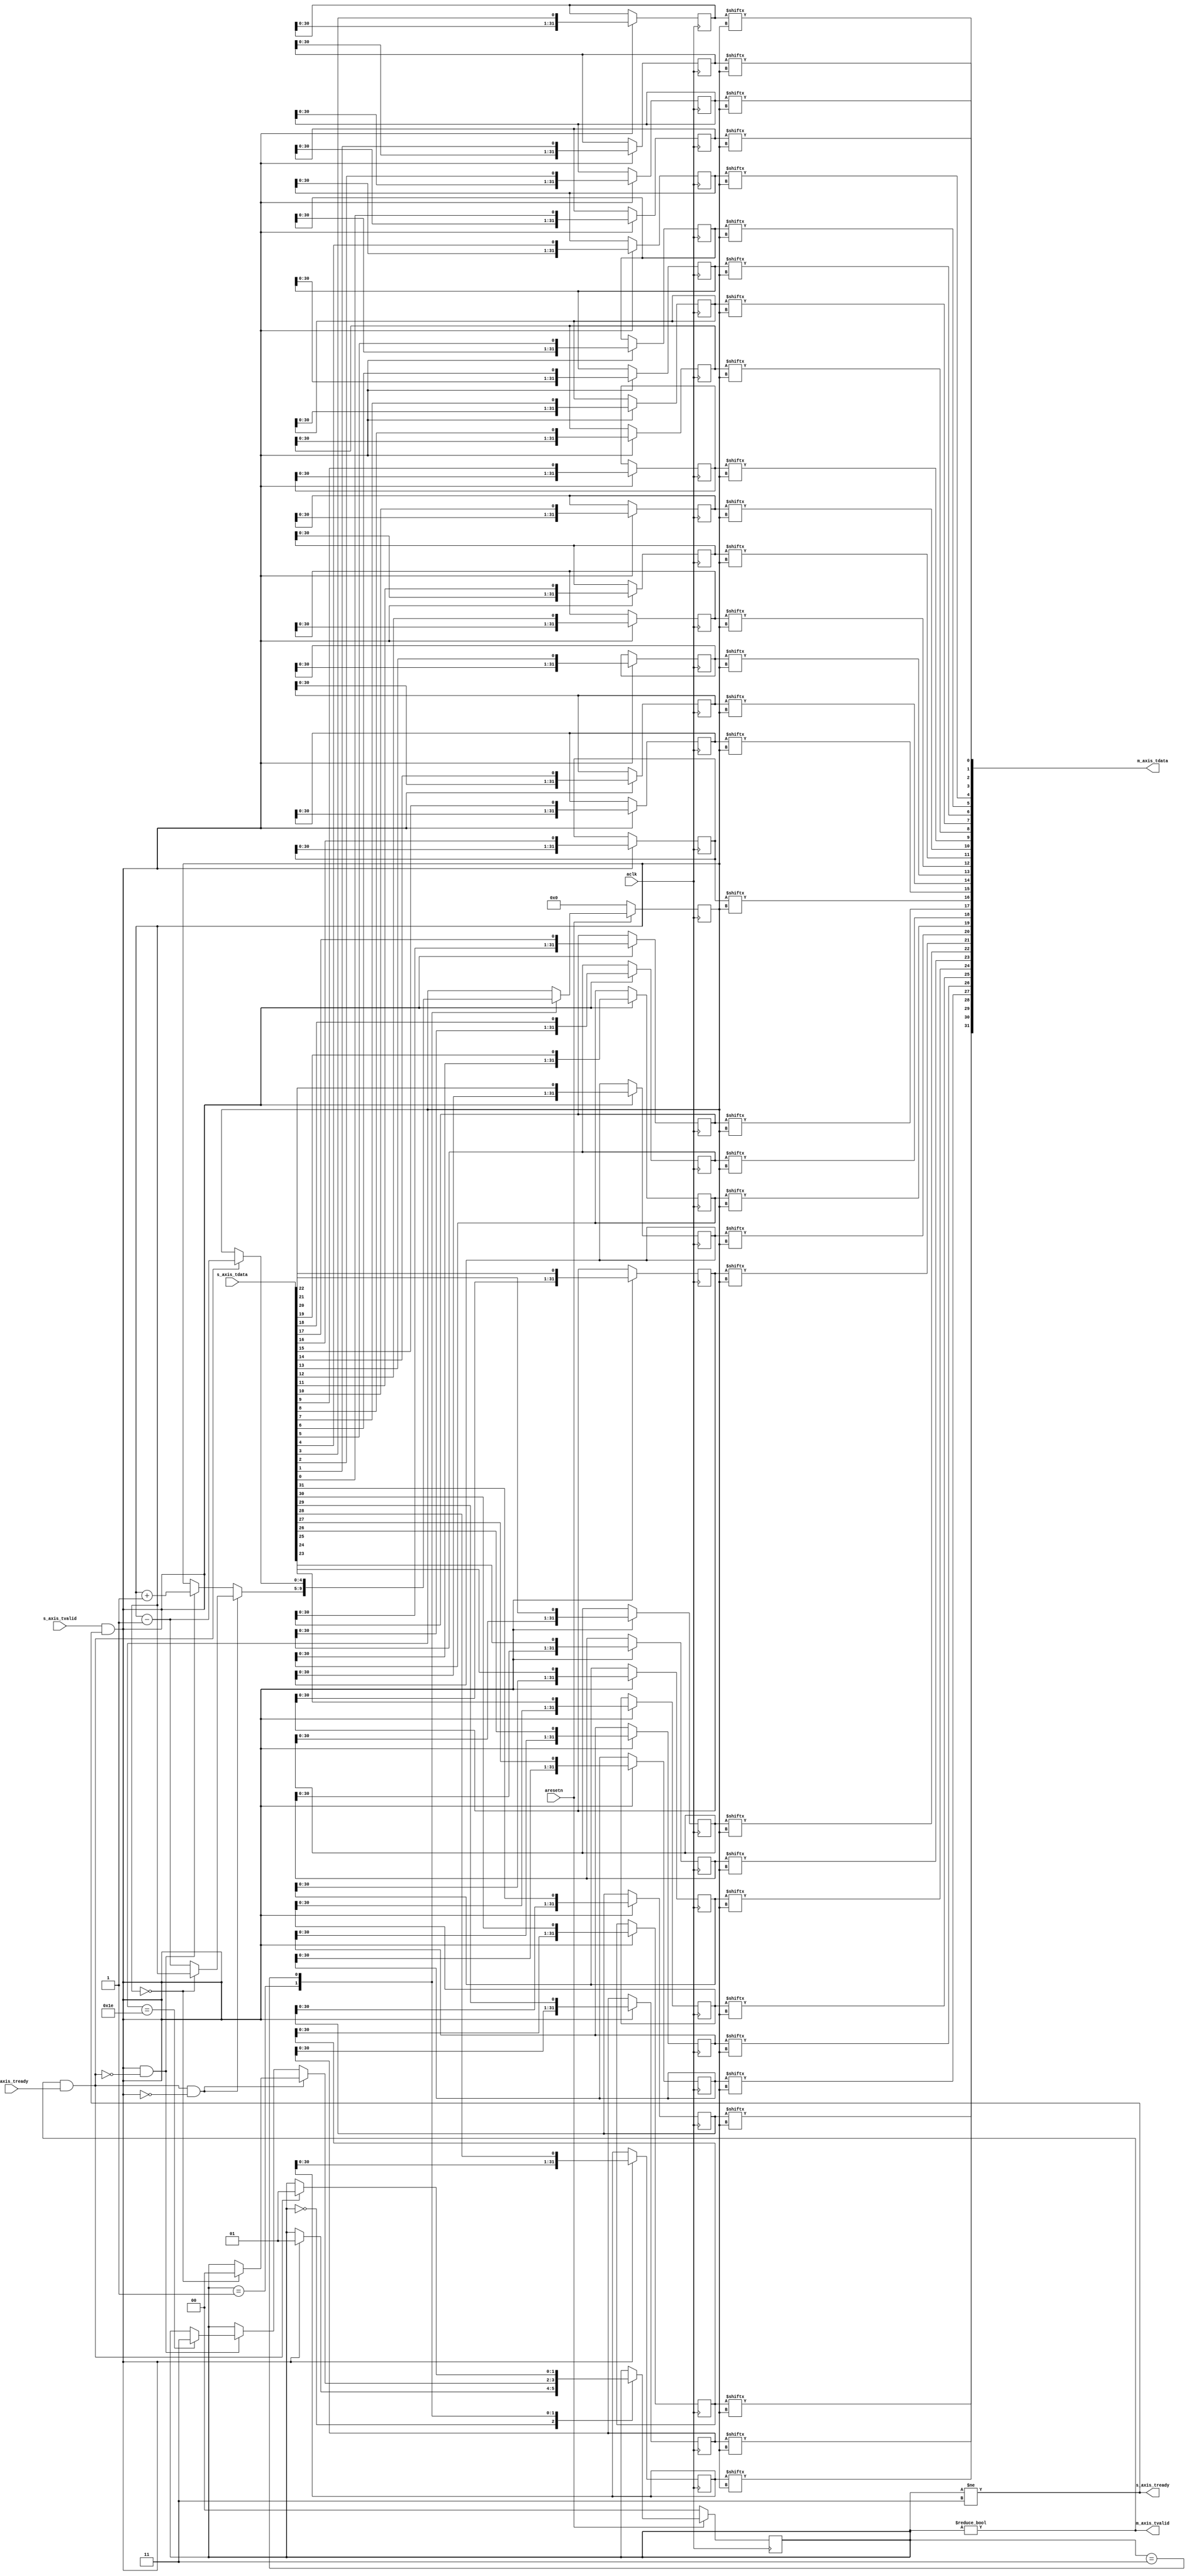
`timescale 1ns / 1ps

module fifo
  #(parameter WIDTH = 32,
    parameter DEPTH = 5)
   (input aclk,
    input aresetn,

    input [WIDTH-1:0] s_axis_tdata,
    input s_axis_tvalid,
    output s_axis_tready,

    output [WIDTH-1:0] m_axis_tdata,
    output m_axis_tvalid,
    input m_axis_tready);

    localparam FULL = 2'b11;
    localparam READY = 2'b01;
    localparam EMPTY = 2'b00;

    reg [1:0] state = EMPTY;

    wire s_handshake = s_axis_tvalid & s_axis_tready;
    wire m_handshake = m_axis_tvalid & m_axis_tready;

    assign s_axis_tready = state != FULL;
    assign m_axis_tvalid = state != EMPTY;

    reg [DEPTH-1:0] addr;
    reg [2**DEPTH-1:0] dsr [WIDTH-1:0];

    integer i;
    initial
        for (i = 0; i < WIDTH; i = i + 1)
            dsr[i] = {2**DEPTH{1'b0}};

    // Dynamic shift register using inferred SRL
    genvar j;
    for (j = 0; j < WIDTH; j = j + 1) begin : gen_dsr
        always @(posedge aclk)
            if (s_handshake)
                dsr[j] <= {dsr[j][2**DEPTH-2:0], s_axis_tdata[j]};

        assign m_axis_tdata[j] = dsr[j][addr];
    end

    // AXI-Stream interface
    always @(posedge aclk)
        if (~aresetn) begin
            addr <= 0;
            state <= EMPTY;
        end else
            case (state)
                EMPTY :
                    if (s_handshake)
                        state <= READY;
                READY :
                    if (m_handshake & ~s_handshake)
                        if (addr == 0)
                            state <= EMPTY;
                        else
                            addr <= addr - 1;
                    else if (s_handshake & ~m_handshake) begin
                        if (addr == 2**DEPTH - 2)
                            state <= FULL;
                        addr <= addr + 1;
                    end
                FULL :
                    if (m_handshake) begin
                        state <= READY;
                        addr <= addr - 1;
                    end
            endcase
endmodule